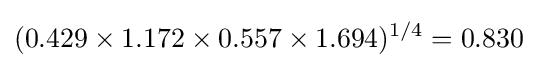
(0.429\times 1.172\times 0.557\times 1.694)^{1/4}=0.830